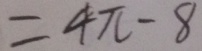
= 4 \pi - 8